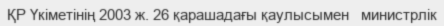
ҚР Үкіметінің 2003 ж. 26 қарашадағы қаулысымен   министрлік